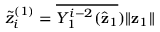
\widetilde { z } _ { i } ^ { ( 1 ) } = { \overline { { Y _ { 1 } ^ { i - 2 } ( \hat { \mathbf { z } } _ { 1 } } } ) \| \mathbf { z } _ { 1 } \| }